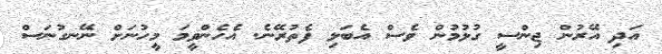
އަދި އޭރުން ޖިންސީ ގުޅުމުން ވެސް އެބަލި ފެތުރޭނެ. އެހެންވީމަ މީހުނަށް ނޭނގުނަސް